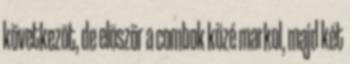
következõt, de elõször a combok közé markol, majd két